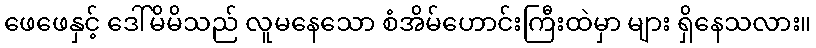
ဖေဖေနှင့် ဒေါ်မိမိသည် လူမနေသော စံအိမ်ဟောင်းကြီးထဲမှာ များ ရှိနေသလား။